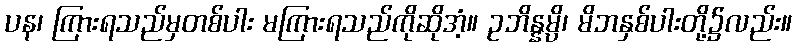
ပန၊ ကြားရသည်မှတစ်ပါး မကြားရသည်ကိုဆိုအံ့။ ဥဘိန္နမ္ပိ၊ မိဘနှစ်ပါးတို့၌လည်း။